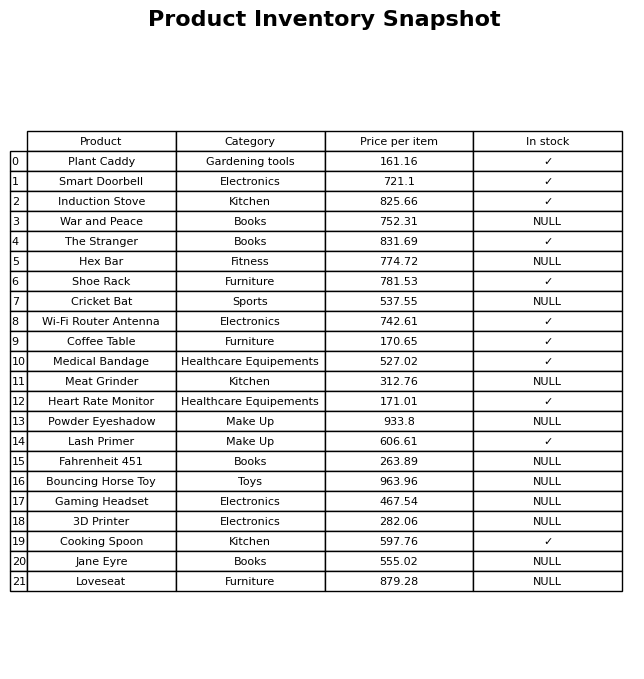
question: What is the price for Wi-Fi Router Antenna?
answer: The price of Wi-Fi Router Antenna is 742.61.